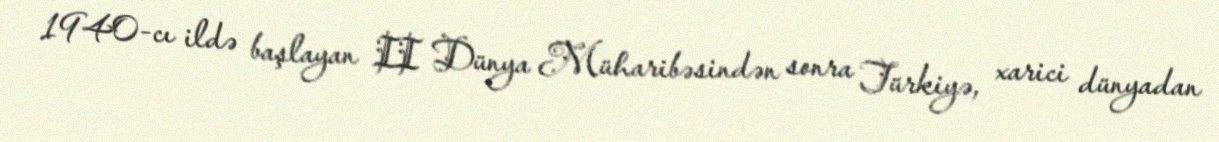
1940-cı ildə başlayan II Dünya Müharibəsindən sonra Türkiyə, xarici dünyadan